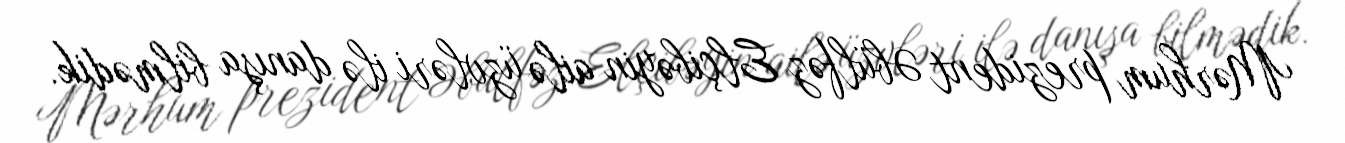
Mərhum prezident Əbülfəz Elçibəyin ailə üzvləri ilə danışa bilmədik.